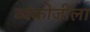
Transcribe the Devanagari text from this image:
व्यंकोजीला